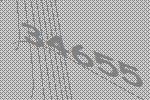
34655